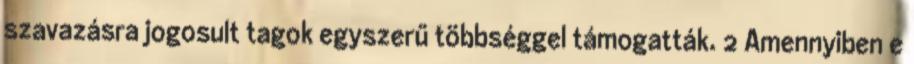
szavazásra jogosult tagok egyszerű többséggel támogatták. 2 Amennyiben e